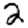
Digit: 2